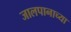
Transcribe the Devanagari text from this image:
जालपानाच्या